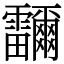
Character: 鿨